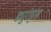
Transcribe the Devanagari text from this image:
ड्युरंड्स